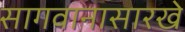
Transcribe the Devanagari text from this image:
सागवानासारखे